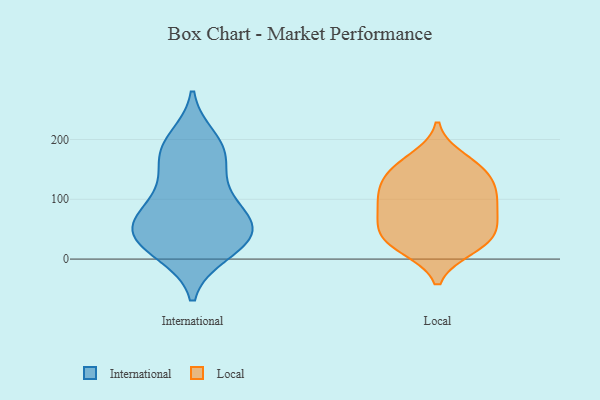
{"axis": {"x": "Latency (ms)", "y": "Value"}, "legend": ["International", "Local"], "data": [{"x": "", "y": 11, "type": "International"}, {"x": "", "y": 57, "type": "International"}, {"x": "", "y": 43, "type": "International"}, {"x": "", "y": 31, "type": "International"}, {"x": "", "y": 44, "type": "International"}, {"x": "", "y": 81, "type": "International"}, {"x": "", "y": 125, "type": "International"}, {"x": "", "y": 182, "type": "International"}, {"x": "", "y": 65, "type": "International"}, {"x": "", "y": 105, "type": "International"}, {"x": "", "y": 200, "type": "International"}, {"x": "", "y": 179, "type": "International"}, {"x": "", "y": 51, "type": "International"}, {"x": "", "y": 168, "type": "International"}, {"x": "", "y": 14, "type": "International"}, {"x": "", "y": 65, "type": "Local"}, {"x": "", "y": 84, "type": "Local"}, {"x": "", "y": 168, "type": "Local"}, {"x": "", "y": 32, "type": "Local"}, {"x": "", "y": 106, "type": "Local"}, {"x": "", "y": 105, "type": "Local"}, {"x": "", "y": 100, "type": "Local"}, {"x": "", "y": 152, "type": "Local"}, {"x": "", "y": 21, "type": "Local"}, {"x": "", "y": 140, "type": "Local"}, {"x": "", "y": 149, "type": "Local"}, {"x": "", "y": 52, "type": "Local"}, {"x": "", "y": 34, "type": "Local"}, {"x": "", "y": 122, "type": "Local"}, {"x": "", "y": 18, "type": "Local"}, {"x": "", "y": 61, "type": "Local"}]}